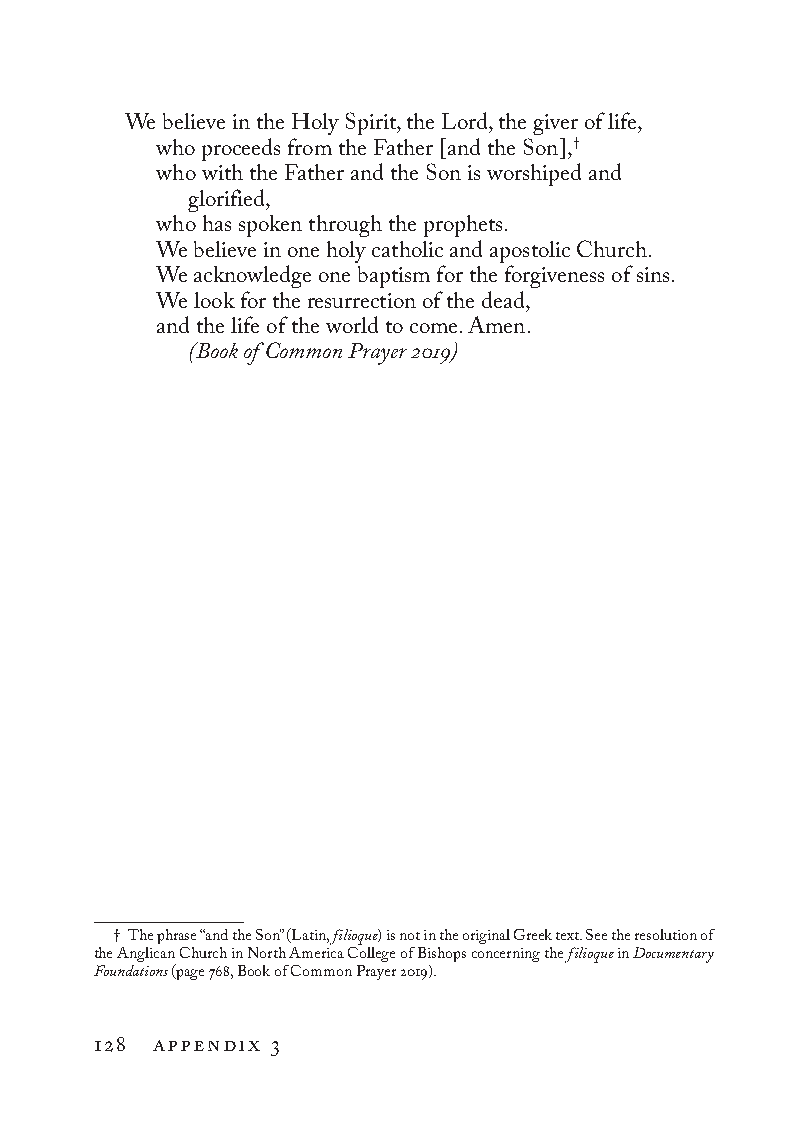
We believe in the Holy Spirit, the Lord, the giver of life,
 who proceeds from the Father [and the Son],†
 who with the Father and the Son is worshiped and
 glorified,
 who has spoken through the prophets.
 We believe in one holy catholic and apostolic Church.
 We acknowledge one baptism for the forgiveness of sins.
 We look for the resurrection of the dead,
 and the life of the world to come. Amen.
 (Book of Common Prayer 2019)
 † The phrase “and the Son” (Latin, filioque) is not in the original Greek text. See the resolution of
 the Anglican Church in North America College of Bishops concerning the filioque in Documentary
 Foundations (page 768, Book of Common Prayer 2019).
 128 appendix 3
 To be a Christian.566776.int.indd 128       11/13/19 1:31 PM